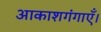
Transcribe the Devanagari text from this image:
आकाशगंगाएँ।